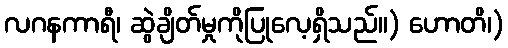
လဂနကာရီ၊ ဆွဲချိတ်မှုကိုပြုလေ့ရှိသည်။) ဟောတိ၊)